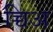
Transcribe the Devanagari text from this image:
च्चिअ